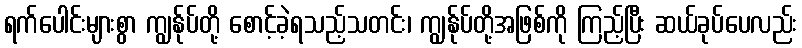
ရက်ပေါင်းများစွာ ကျွန်ုပ်တို့ စောင့်ခဲ့ရသည့်သတင်း၊ ကျွန်ုပ်တို့အဖြစ်ကို ကြည့်ပြီး ဆယ်ခုပ်ပေလည်း